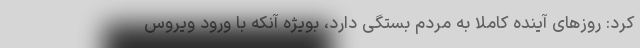
کرد: روزهای آینده کاملا به مردم بستگی دارد، بویژه آنکه با ورود ویروس